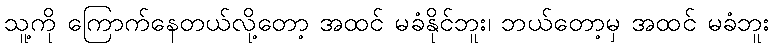
သူ့ကို ကြောက်နေတယ်လို့တော့ အထင် မခံနိုင်ဘူး၊ ဘယ်တော့မှ အထင် မခံဘူး